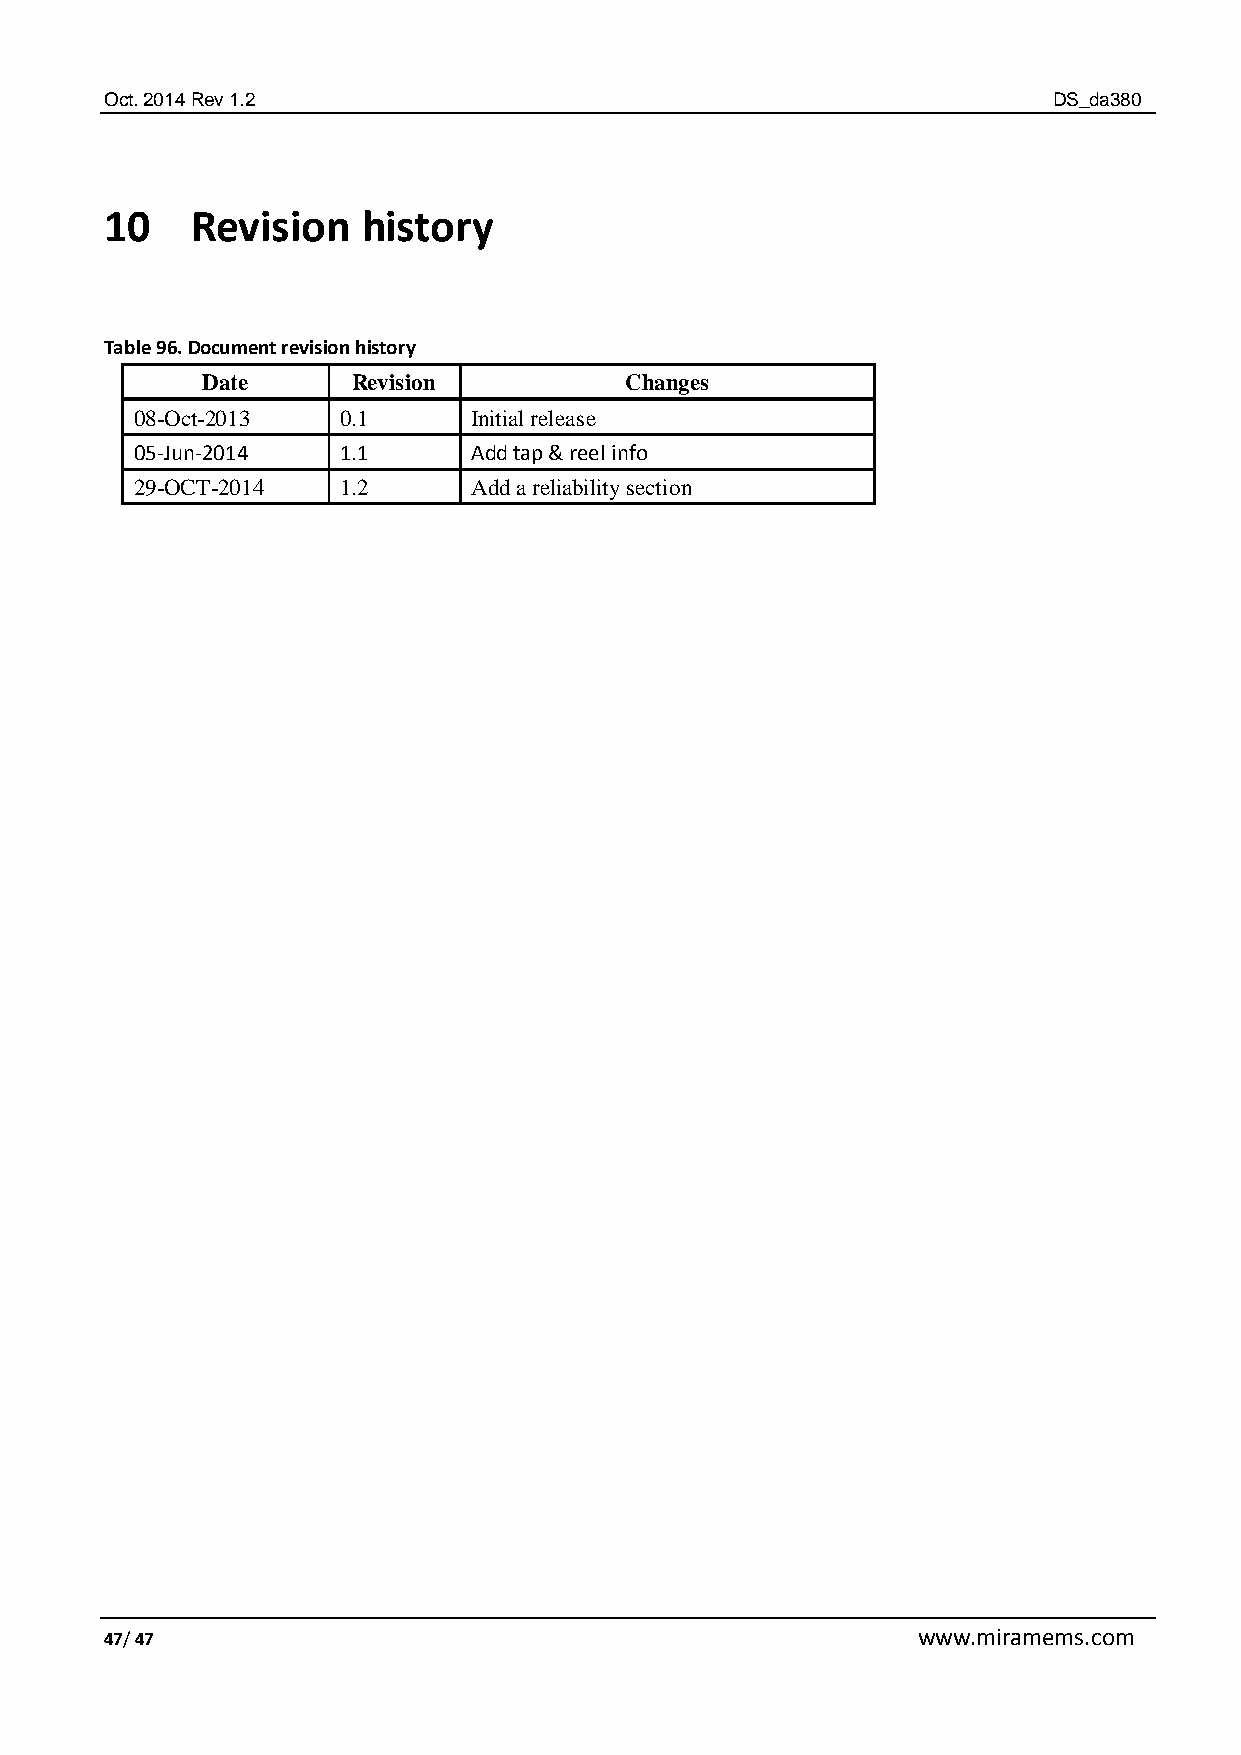
Oct. 2014 Rev 1.2                                              DS_da380
 10    Revision   history
 Table 96. Document revision history
 Date      Revision          Changes
 08-Oct-2013  0.1      Initial release
 05-Jun-2014  1.1      Add tap & reel info
 29-OCT-2014  1.2      Add a reliability section
 47/ 47                                                www.miramems.com